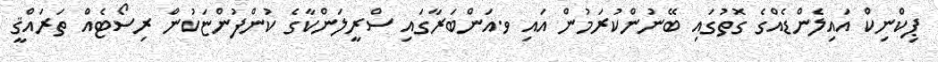
ޕިކްނިކް އައިލެންޑެއްގެ ގޮތުގައި ބޭނުންކުރަމުން އައި ވ.އަންބަރާގައި ސްރީލަންކާގެ ކުންފުންޏަކުން ރިސޯޓެއް ތަރައްޤީ